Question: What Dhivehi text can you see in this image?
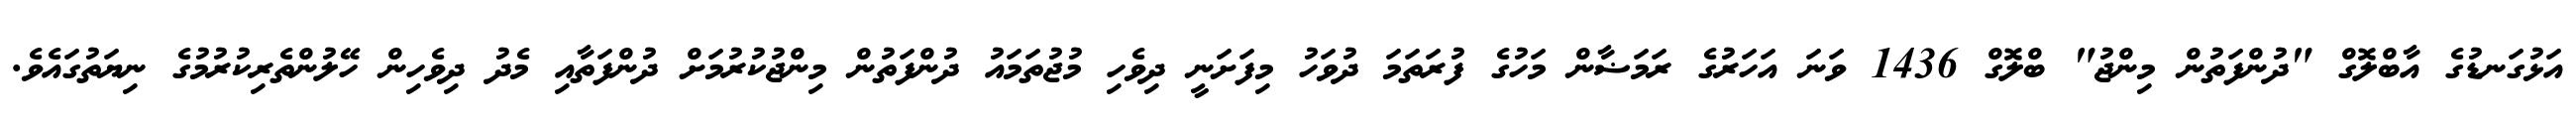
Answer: އަޅުގަނޑުގެ އާބްލޮގް "ދުންފަތުން މިންޖު" ބްލޮގް 1436 ވަނަ އަހަރުގެ ރަމަޟާން މަހުގެ ފުރަތަމަ ދުވަހު މިފަށަނީ ދިވެހި މުޖުތަމައު ދުންފަތުން މިންޖުކުރުމަށް ދުންފަތާއި މެދު ދިވެހިން ހޭލުންތެރިކުރުމުގެ ނިޔަތުގައެވެ.